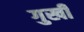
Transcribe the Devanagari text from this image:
गुखी